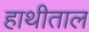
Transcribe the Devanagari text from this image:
हाथीताल